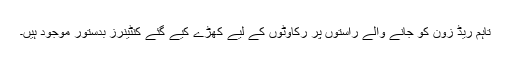
تاہم ریڈ زون کو جانے والے راستوں پر رکاوٹوں کے لیے کھڑے کیے گئے کنٹینرز بدستور موجود ہیں۔